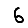
Digit: 6